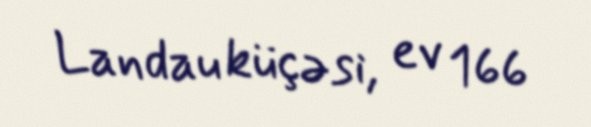
Landau küçəsi, ev 166